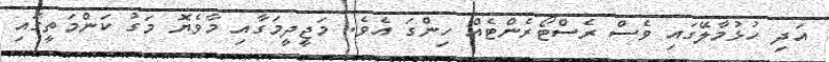
އަދި ހުޅުމާލޭގައި ވެސް ރެސްޓޯރެންޓެއް ހިންގަ އެވެ. މަޖީދީމަގާއި މާވެޔޮ މަގު ކަންމަތީގައި